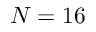
N = 1 6